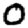
Digit: 0